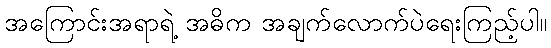
အကြောင်းအရာရဲ့ အဓိက အချက်လောက်ပဲရေးကြည့်ပါ။